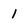
Character: 1